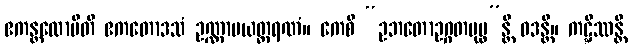
ဧကန္တလောမီတိ ဧကတောဒသံ ဥဏ္ဏာမယတ္ထရဏံ။ ကေစိ “ဥဘတောဥဂ္ဂတပုပ္ဖ”န္တိ ဝဒန္တိ။ ကဋ္ဋိဿန္တိ